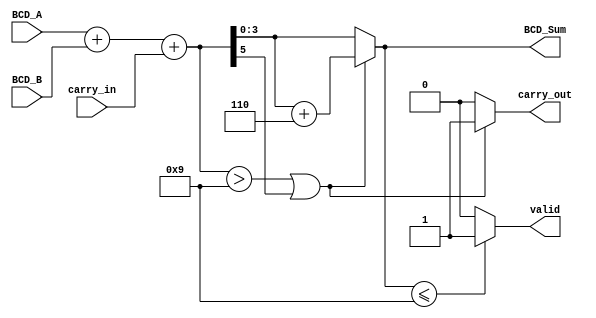
module BCD_Redundant_Binary_Adder (
    input wire [3:0] BCD_A,       // 4-bit BCD input A
    input wire [3:0] BCD_B,       // 4-bit BCD input B
    input wire carry_in,          // 1-bit input carry
    output reg [3:0] BCD_Sum,     // 4-bit BCD output sum
    output reg carry_out,         // 1-bit output carry
    output reg valid              // 1-bit output valid
);

    // Intermediate redundant binary representation
    wire [4:0] R_A; // 5 bits to accommodate carry
    wire [4:0] R_B; // 5 bits to accommodate carry
    wire [5:0] R_Sum; // 6 bits for the sum

    // Convert BCD to Redundant Binary (R_A and R_B)
    assign R_A = {1'b0, BCD_A}; // Extend BCD_A to 5 bits
    assign R_B = {1'b0, BCD_B}; // Extend BCD_B to 5 bits

    // Perform addition in redundant binary
    assign R_Sum = R_A + R_B + carry_in;

    // BCD Correction Logic
    always @(*) begin
        if (R_Sum > 9 || R_Sum[5]) begin // Check if R_Sum exceeds BCD valid range
            BCD_Sum = R_Sum[3:0] + 4'b0110; // Add 6 to correct
            carry_out = 1; // Set carry out
        end else begin
            BCD_Sum = R_Sum[3:0]; // No correction needed
            carry_out = 0; // No carry out
        end
        
        // Set valid signal
        valid = (BCD_Sum <= 9) ? 1'b1 : 1'b0; // Valid if BCD_Sum is in range 0-9
    end

endmodule